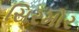
સિરમોર